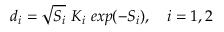
d _ { i } = \sqrt { S _ { i } } \ K _ { i } \ e x p ( - S _ { i } ) , \ \ \ i = 1 , 2